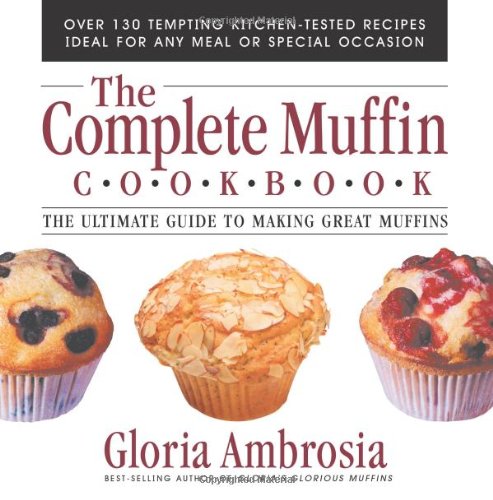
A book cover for The Complete Muffin Cookbook: The Ultimate Guide to Making Great Muffins; Gloria Ambrosia; Cookbooks, Food & Wine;